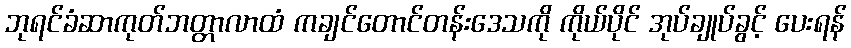
ဘုရင်ခံဆာကုတ်ဘတ္တာလာထံ ကချင်တောင်တန်းဒေသကို ကိုယ်ပိုင် အုပ်ချုပ်ခွင့် ပေးရန်